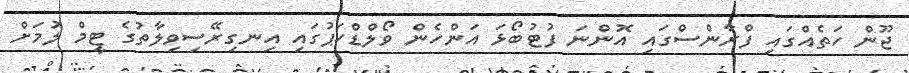
ޖޫން ހަތެއްގައި ފްރާންސްގައި އޮންނަ ފުޓުބޯޅަ އަންހެން ވޯލްޑްކަޕުގައި އިނގިރޭސިވިލާތުގެ ޓީމް ލުމަށް